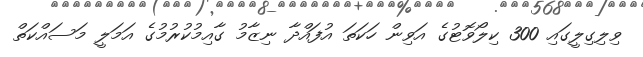
ވިލިގިލީގައި 300 ކިލޯވޮޓުގެ އަވިން ހަކަތަ އުފައްދާ ނިޒާމު ގާއިމުކުރުމުގެ އަމަލީ މަސައްކަތް